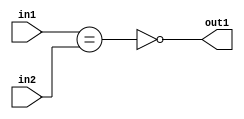
`timescale 1ps / 1ps
/*****************************************************************************
    Verilog RTL Description
    
    
    Created by: Stratus DpOpt 2019.1.01 
*******************************************************************************/

module st_feature_addr_gen_NotEQ_16Ux1U_1U_4_2 (
	in2,
	in1,
	out1
	); /* architecture "behavioural" */ 
input [15:0] in2;
input  in1;
output  out1;
wire  asc001,
	asc002;

assign asc002 = (in1==in2);

assign asc001 = 
	((~asc002));

assign out1 = asc001;
endmodule

/* CADENCE  ubTySgA= : u9/ySgnWtBlWxVPRXgAZ4Og= ** DO NOT EDIT THIS LINE ******/